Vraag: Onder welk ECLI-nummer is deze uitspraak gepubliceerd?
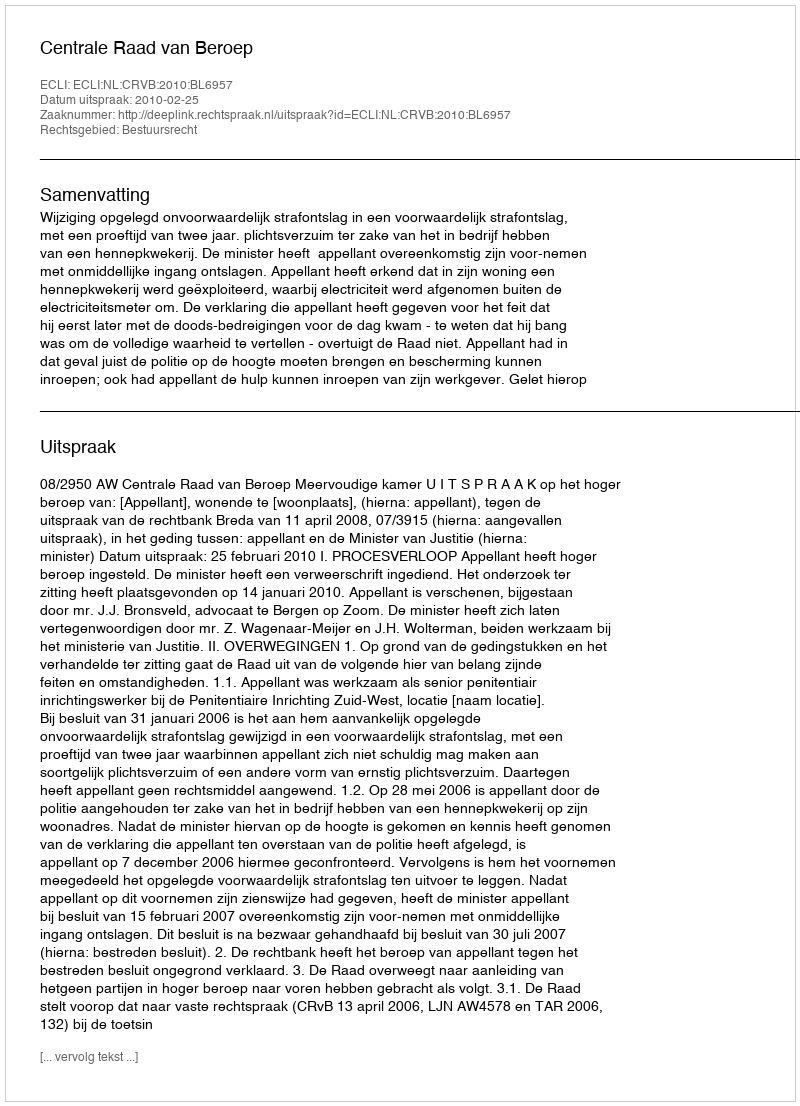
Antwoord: ECLI:NL:CRVB:2010:BL6957